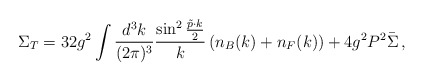
\begin{align*}\Sigma_T = 32 g^2 \int {d^3k \over (2\pi)^3} {\sin^2 {\tilde{p}\cdot k\over 2} \over k} \left( n_B(k) + n_F(k) \right) + 4 g^2 P^2 \bar{\Sigma} \,,\end{align*}